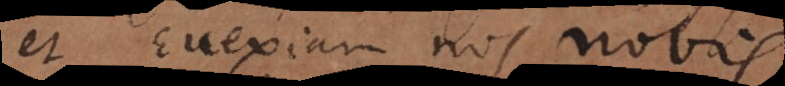
et euexiam nos nobis